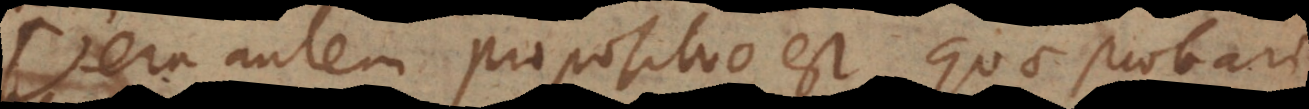
Vera autem propositio est quae probari